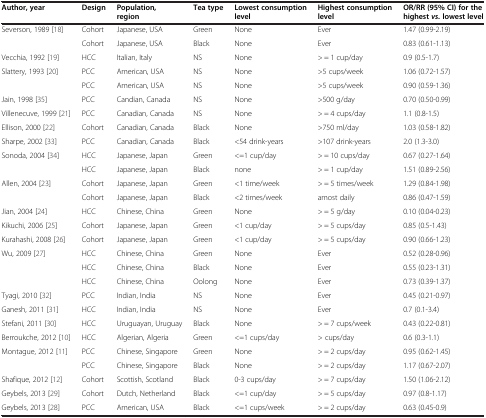
<table><thead><tr><td><b>Author, year</b></td><td><b>Design</b></td><td><b>Population, region</b></td><td><b>Tea type</b></td><td><b>Lowest consumption level</b></td><td><b>Highest consumption level</b></td><td><b>OR/RR (95% CI) for the highest <i>vs. </i>lowest level</b></td></tr></thead><tbody><tr><td>Severson, 1989 [18]</td><td>Cohort</td><td>Japanese, USA</td><td>Green</td><td>None</td><td>Ever</td><td>1.47 (0.99-2.19)</td></tr><tr><td> </td><td>Cohort</td><td>Japanese, USA</td><td>Black</td><td>None</td><td>Ever</td><td>0.83 (0.61-1.13)</td></tr><tr><td>Vecchia, 1992 [19]</td><td>HCC</td><td>Italian, Italy</td><td>NS</td><td>None</td><td>&gt; = 1 cup/day</td><td>0.9 (0.5-1.7)</td></tr><tr><td>Slattery, 1993 [20]</td><td>PCC</td><td>American, USA</td><td>NS</td><td>None</td><td>&gt;5 cups/week</td><td>1.06 (0.72-1.57)</td></tr><tr><td> </td><td>PCC</td><td>American, USA</td><td>NS</td><td>None</td><td>&gt;5 cups/week</td><td>0.90 (0.59-1.36)</td></tr><tr><td>Jain, 1998 [35]</td><td>PCC</td><td>Candian, Canada</td><td>NS</td><td>None</td><td>&gt;500 g/day</td><td>0.70 (0.50-0.99)</td></tr><tr><td>Villenecuve, 1999 [21]</td><td>PCC</td><td>Canadian, Canada</td><td>NS</td><td>None</td><td>&gt; = 4 cups/day</td><td>1.1 (0.8-1.5)</td></tr><tr><td>Ellison, 2000 [22]</td><td>Cohort</td><td>Canadian, Canada</td><td>Black</td><td>None</td><td>&gt;750 ml/day</td><td>1.03 (0.58-1.82)</td></tr><tr><td>Sharpe, 2002 [33]</td><td>PCC</td><td>Canadian, Canada</td><td>Black</td><td>&lt;54 drink-years</td><td>&gt;107 drink-years</td><td>2.0 (1.3-3.0)</td></tr><tr><td>Sonoda, 2004 [34]</td><td>HCC</td><td>Japanese, Japan</td><td>Green</td><td>&lt;=1 cup/day</td><td>&gt; = 10 cups/day</td><td>0.67 (0.27-1.64)</td></tr><tr><td> </td><td>HCC</td><td>Japanese, Japan</td><td>Black</td><td>none</td><td>&gt; = 1 cup/day</td><td>1.51 (0.89-2.56)</td></tr><tr><td>Allen, 2004 [23]</td><td>Cohort</td><td>Japanese, Japan</td><td>Green</td><td>&lt;1 time/week</td><td>&gt; = 5 times/week</td><td>1.29 (0.84-1.98)</td></tr><tr><td> </td><td>Cohort</td><td>Japanese, Japan</td><td>Black</td><td>&lt;2 times/week</td><td>amost daily</td><td>0.86 (0.47-1.59)</td></tr><tr><td>Jian, 2004 [24]</td><td>HCC</td><td>Chinese, China</td><td>Green</td><td>None</td><td>&gt; = 5 g/day</td><td>0.10 (0.04-0.23)</td></tr><tr><td>Kikuchi, 2006 [25]</td><td>Cohort</td><td>Japanese, Japan</td><td>Green</td><td>&lt;1 cup/day</td><td>&gt; = 5 cups/day</td><td>0.85 (0.5-1.43)</td></tr><tr><td>Kurahashi, 2008 [26]</td><td>Cohort</td><td>Japanese, Japan</td><td>Green</td><td>&lt;1 cup/day</td><td>&gt; = 5 cups/day</td><td>0.90 (0.66-1.23)</td></tr><tr><td>Wu, 2009 [27]</td><td>HCC</td><td>Chinese, China</td><td>Green</td><td>None</td><td>Ever</td><td>0.52 (0.28-0.96)</td></tr><tr><td> </td><td>HCC</td><td>Chinese, China</td><td>Black</td><td>None</td><td>Ever</td><td>0.55 (0.23-1.31)</td></tr><tr><td> </td><td>HCC</td><td>Chinese, China</td><td>Oolong</td><td>None</td><td>Ever</td><td>0.73 (0.39-1.37)</td></tr><tr><td>Tyagi, 2010 [32]</td><td>PCC</td><td>Indian, India</td><td>NS</td><td>None</td><td>Ever</td><td>0.45 (0.21-0.97)</td></tr><tr><td>Ganesh, 2011 [31]</td><td>HCC</td><td>Indian, India</td><td>NS</td><td>None</td><td>Ever</td><td>0.7 (0.1-3.4)</td></tr><tr><td>Stefani, 2011 [30]</td><td>HCC</td><td>Uruguayan, Uruguay</td><td>Black</td><td>None</td><td>&gt; = 7 cups/week</td><td>0.43 (0.22-0.81)</td></tr><tr><td>Berroukche, 2012 [10]</td><td>HCC</td><td>Algerian, Algeria</td><td>Green</td><td>&lt;=1 cups/day</td><td>&gt; cups/day</td><td>0.6 (0.3-1.1)</td></tr><tr><td>Montague, 2012 [11]</td><td>PCC</td><td>Chinese, Singapore</td><td>Green</td><td>None</td><td>&gt; = 2 cups/day</td><td>0.95 (0.62-1.45)</td></tr><tr><td> </td><td>PCC</td><td>Chinese, Singapore</td><td>Black</td><td>None</td><td>&gt; = 2 cups/day</td><td>1.17 (0.67-2.07)</td></tr><tr><td>Shafique, 2012 [12]</td><td>Cohort</td><td>Scottish, Scotland</td><td>Black</td><td>0-3 cups/day</td><td>&gt; = 7 cups/day</td><td>1.50 (1.06-2.12)</td></tr><tr><td>Geybels, 2013 [29]</td><td>Cohort</td><td>Dutch, Netherland</td><td>Black</td><td>&lt;=1 cup/day</td><td>&gt; = 5 cups/day</td><td>0.97 (0.8-1.17)</td></tr><tr><td>Geybels, 2013 [28]</td><td>PCC</td><td>American, USA</td><td>Black</td><td>&lt;=1 cups/week</td><td>&gt; = 2 cups/day</td><td>0.63 (0.45-0.9)</td></tr></tbody></table>